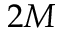
2 M